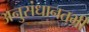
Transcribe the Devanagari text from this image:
अनुसंधानतभी